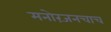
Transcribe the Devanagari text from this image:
मनोरंजनचाच